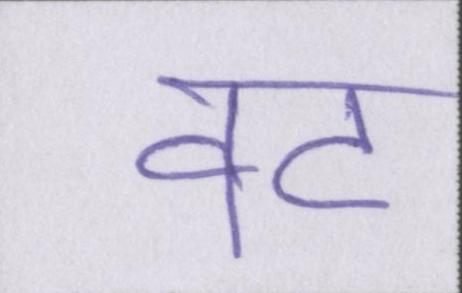
वट